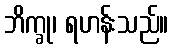
ဘိက္ခု၊ ရဟန်းသည်။